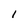
Character: l